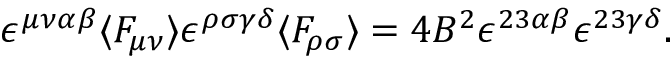
\epsilon ^ { \mu \nu \alpha \beta } \langle F _ { \mu \nu } \rangle \epsilon ^ { \rho \sigma \gamma \delta } \langle F _ { \rho \sigma } \rangle = 4 B ^ { 2 } \epsilon ^ { 2 3 \alpha \beta } \epsilon ^ { 2 3 \gamma \delta } .